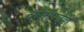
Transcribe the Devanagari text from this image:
वार्तापत्रेही